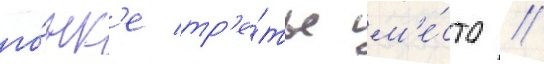
го́нк'е тр'е́тье м'е́сто //